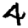
Digit: 4